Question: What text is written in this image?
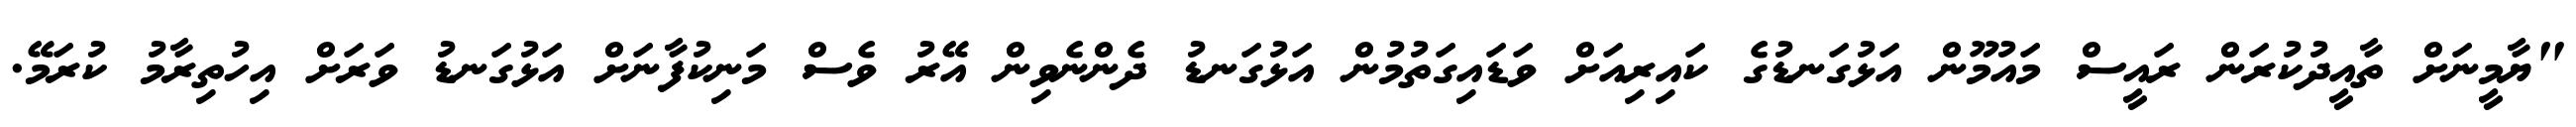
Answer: "ޔާމީނަށް ތާއީދުކުރަން ރައީސް މައުމޫން އަޅުގަނޑުގެ ކައިރިއަށް ވަޑައިގަތުމުން އަޅުގަނޑު ދެންނެވިން އޭރު ވެސް މަނިކުފާނަށް އަޅުގަނޑު ވަރަށް އިހުތިރާމު ކުރަމޭ.